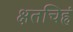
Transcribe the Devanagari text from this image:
क्षतचिह्नं